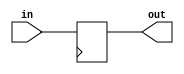
// This program was cloned from: https://github.com/mzandrew/hdl
// License: GNU General Public License v3.0

`timescale 1ns / 1ps
// written 2019-09-22 by mza
// updated 2019-09-22 by mza
// last updated 2021-02-03 by mza

module clocked_1ns_delay #(
	parameter WIDTH = 1
) (
	input [WIDTH-1:0] in,
	output reg [WIDTH-1:0] out
);
	reg clock = 0;
	always @(posedge clock) begin
		out <= in;
	end
	initial begin
		clock <= 0;
	end
	always begin
		#0.5;
		clock <= ~clock;
	end
endmodule

module clocked_2ns_delay #(
	parameter WIDTH = 1
) (
	input [WIDTH-1:0] in,
	output reg [WIDTH-1:0] out
);
	reg clock = 0;
	always @(posedge clock) begin
		out <= in;
	end
	initial begin
		clock <= 0;
	end
	always begin
		#1;
		clock <= ~clock;
	end
endmodule

//module cable_1ns_delay #(
//	WIDTH = 1
//) (
//	input [WIDTH-1:0] in,
//	output reg [WIDTH-1:0] out
//);
//	always begin
//		out <= #1 in;
//	end
//endmodule

//module cable_delay #(
//	parameter DELAY_NS = 1.0,
//	WIDTH = 1
//) (
//	input [WIDTH-1:0] in,
//	output reg [WIDTH-1:0] out
//);
//	always begin
//		out <= #(DELAY_NS) in;
//	end
//endmodule